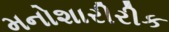
મનોશારીરીક